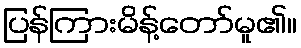
ပြန်ကြားမိန့်တော်မူ၏။